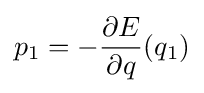
p_{1}=-{\frac {\partial E}{\partial q}}(q_{1})